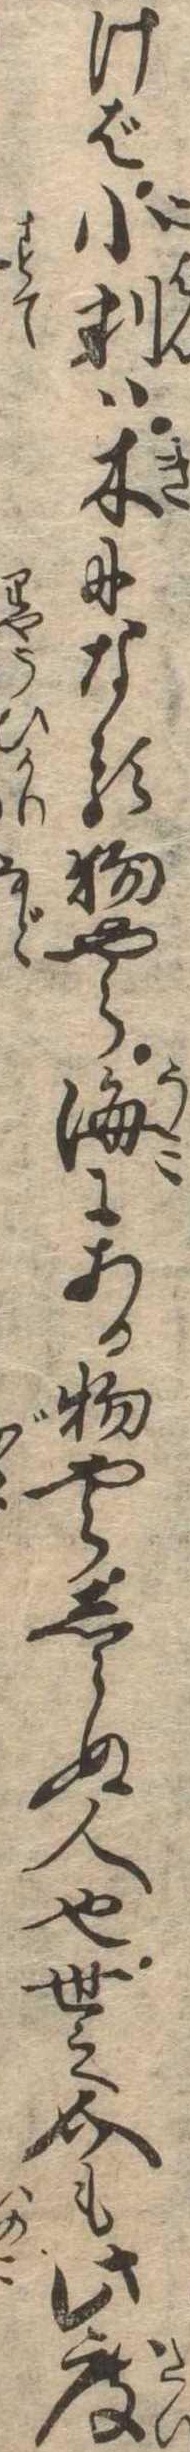
けば小判は木になる物やら海にある物やらしらぬ人也世之介も此度